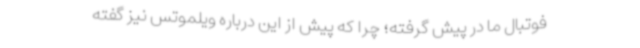
فوتبال ما در پیش گرفته؛ چرا که پیش از این درباره ویلموتس نیز گفته